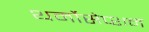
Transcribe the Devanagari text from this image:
थर्मोसेप्शन